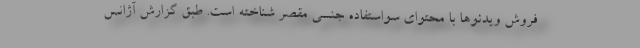
فروش ویدئوها با محتوای سواستفاده جنسی مقصر شناخته است. طبق گزارش آژانس